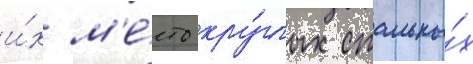
и́х м'е́сто кру́глых стальны́х